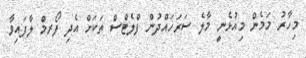
މިހާރު މަމެން މިއުޅެނީ މާލެ ސަރަހައްދުން ފްލެޓްސް ތަކަށް އެދި ފޯރމް ލާފައިވާ